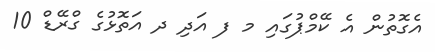
އެގޮތުން އެ ކޭމްޕުގައި މ ފ އަދި ދ އަތޮޅުގެ ގްރޭޑް 10